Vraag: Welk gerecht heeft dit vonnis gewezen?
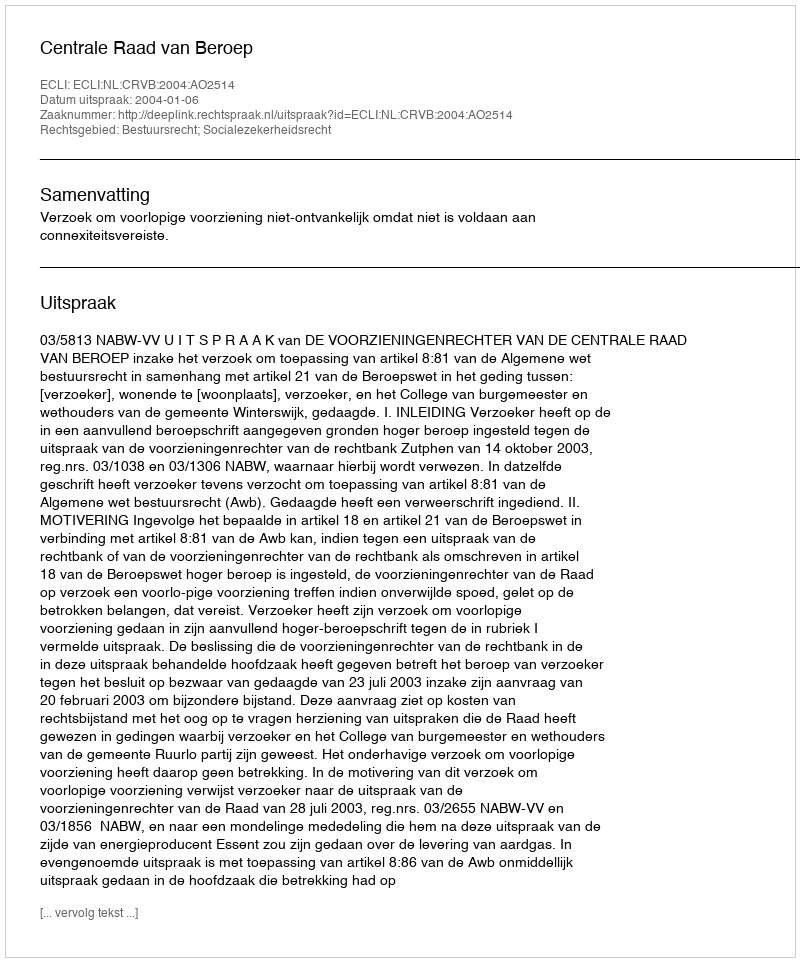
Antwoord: Centrale Raad van Beroep